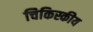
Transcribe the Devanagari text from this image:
चिकिस्कीय